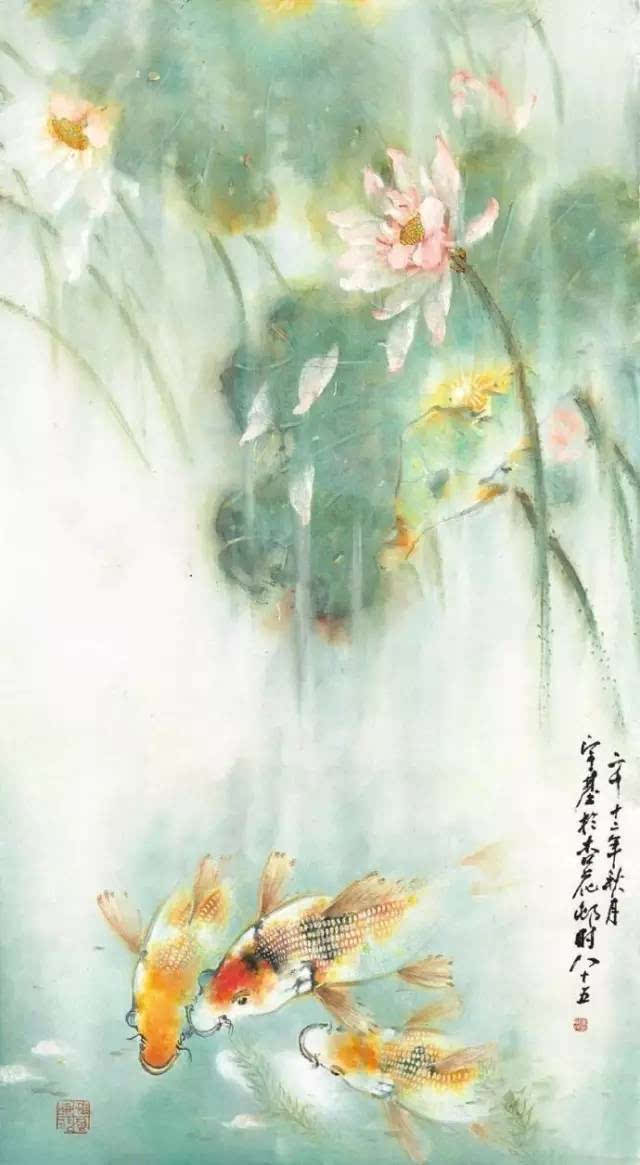
秋声带叶萧萧落，莫响城头角！